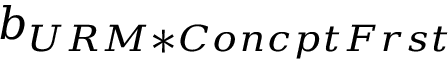
b _ { U R M * C o n c p t F r s t }